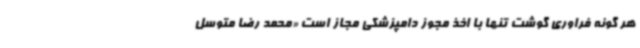
هر گونه فراوری گوشت تنها با اخذ مجوز دامپزشکی مجاز است «محمد رضا متوسل